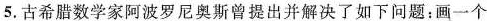
5.古希腊数学家阿波罗尼奥斯曾提出并解决了如下问题：画一个